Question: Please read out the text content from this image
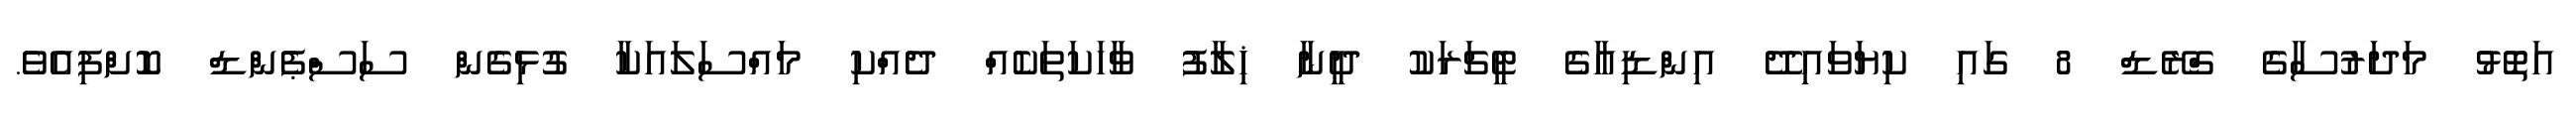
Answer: އަތޮޅު މަދަރުސާގެ ގްރޭޑް 8 ގައި ކިޔަވައިދޭ އިންޑިއާގެ ޓީޗަރަކު ދީނާ ޚިލާފު ވާހަކަތަކެއް ދެއްކި މައްސަލައަކާ ގުޅިގެން ސަސްޕެންޑް ކޮށްފިއެވެ.